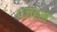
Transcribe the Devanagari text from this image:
पज्हम